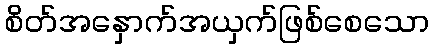
စိတ်အနှောက်အယှက်ဖြစ်စေသော